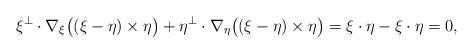
LaTeX: \begin{align*}\xi^{\bot} \cdot \nabla_{\xi } \big( (\xi-\eta)\times \eta\big) + \eta^{\bot} \cdot \nabla_{\eta} \big( (\xi-\eta)\times \eta\big) = \xi\cdot \eta - \xi\cdot \eta =0,\end{align*}